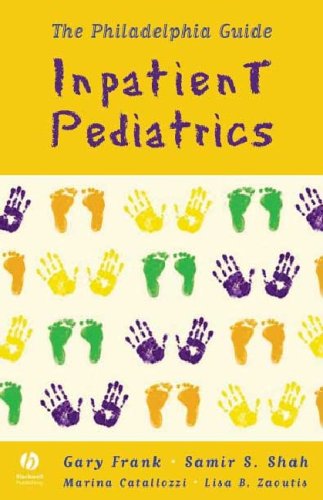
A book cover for The Philadelphia Guide: Inpatient Pediatrics; Gary Frank; Medical Books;